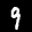
Label: 9